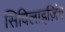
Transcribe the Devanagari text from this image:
सिविलाइज़िंग